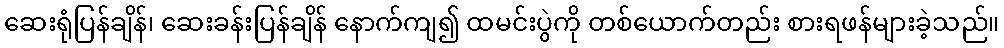
ဆေးရုံပြန်ချိန်၊ ဆေးခန်းပြန်ချိန် နောက်ကျ၍ ထမင်းပွဲကို တစ်ယောက်တည်း စားရဖန်များခဲ့သည်။